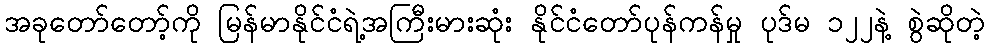
အခုတော်တော့်ကို မြန်မာနိုင်ငံရဲ့အကြီးမားဆုံး နိုင်ငံတော်ပုန်ကန်မှု ပုဒ်မ ၁၂၂နဲ့ စွဲဆိုတဲ့